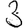
Digit: 3